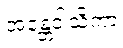
အန္တေဝါသိကာ